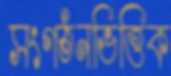
সংগঠনভিত্তিক